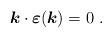
LaTeX: \begin{align*}{\boldsymbol{k}} \cdot {\boldsymbol{\varepsilon}}(\boldsymbol{k})=0\,\,.\end{align*}